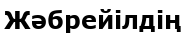
Жәбрейілдің